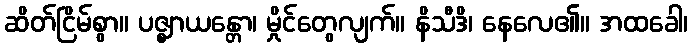
ဆိတ်ငြိမ်စွာ။ ပဇ္ဈာယန္တော၊ မှိုင်တွေလျက်။ နိသီဒိ၊ နေလေ၏။ အထခေါ၊